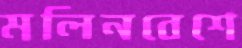
মলিনবেশে